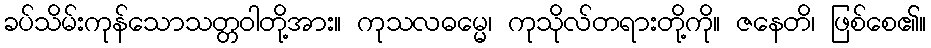
ခပ်သိမ်းကုန်သောသတ္တဝါတို့အား။ ကုသလဓမ္မေ၊ ကုသိုလ်တရားတို့ကို။ ဇနေတိ၊ ဖြစ်စေ၏။